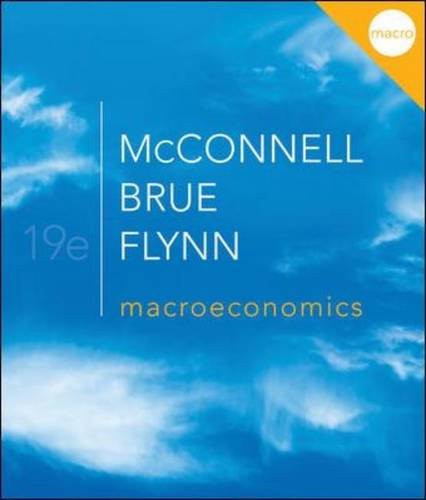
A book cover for Macroeconomics (McGraw-Hill Series Economics); Campbell McConnell; Business & Money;